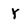
Character: Y